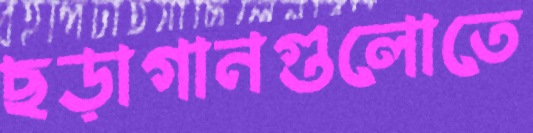
ছড়াগানগুলোতে